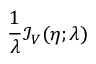
\frac { 1 } { \lambda } \mathcal { I } _ { V } ( \eta ; \lambda )